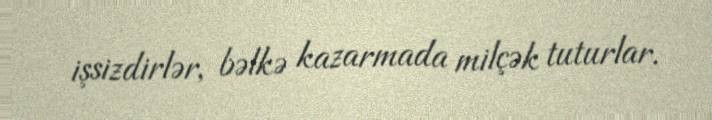
işsizdirlər, bəlkə kazarmada milçək tuturlar.